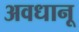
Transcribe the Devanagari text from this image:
अवधानू